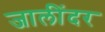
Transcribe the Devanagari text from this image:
जालींदर